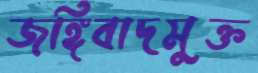
জঙ্গিবাদমুক্ত